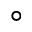
^ \circ